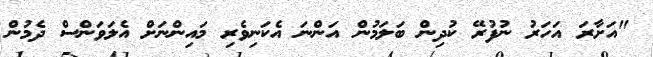
"އަށާރަ އަހަރު ނުފުރޭ ކުދިން ބަލަމުން އަންނަ އެކަނިވެރި މައިންނަށް އެލަވަންސް ދެމުން